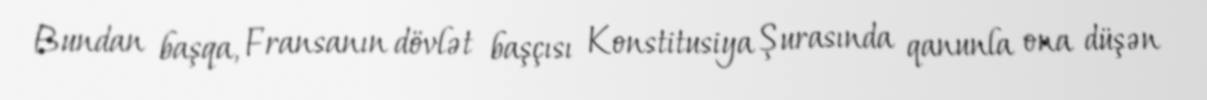
Bundan başqa, Fransanın dövlət başçısı Konstitusiya Şurasında qanunla ona düşən